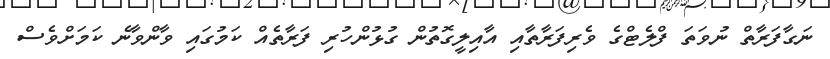
ނަގާފަރާތް ނުވަތަ ފްލެޓްގެ ވެރިފަރާތާއި އާއިލީގޮތުން ގުޅުންހުރި ފަރާތެއް ކަމުގައި ވާންވާނެ ކަމަށްވެސް